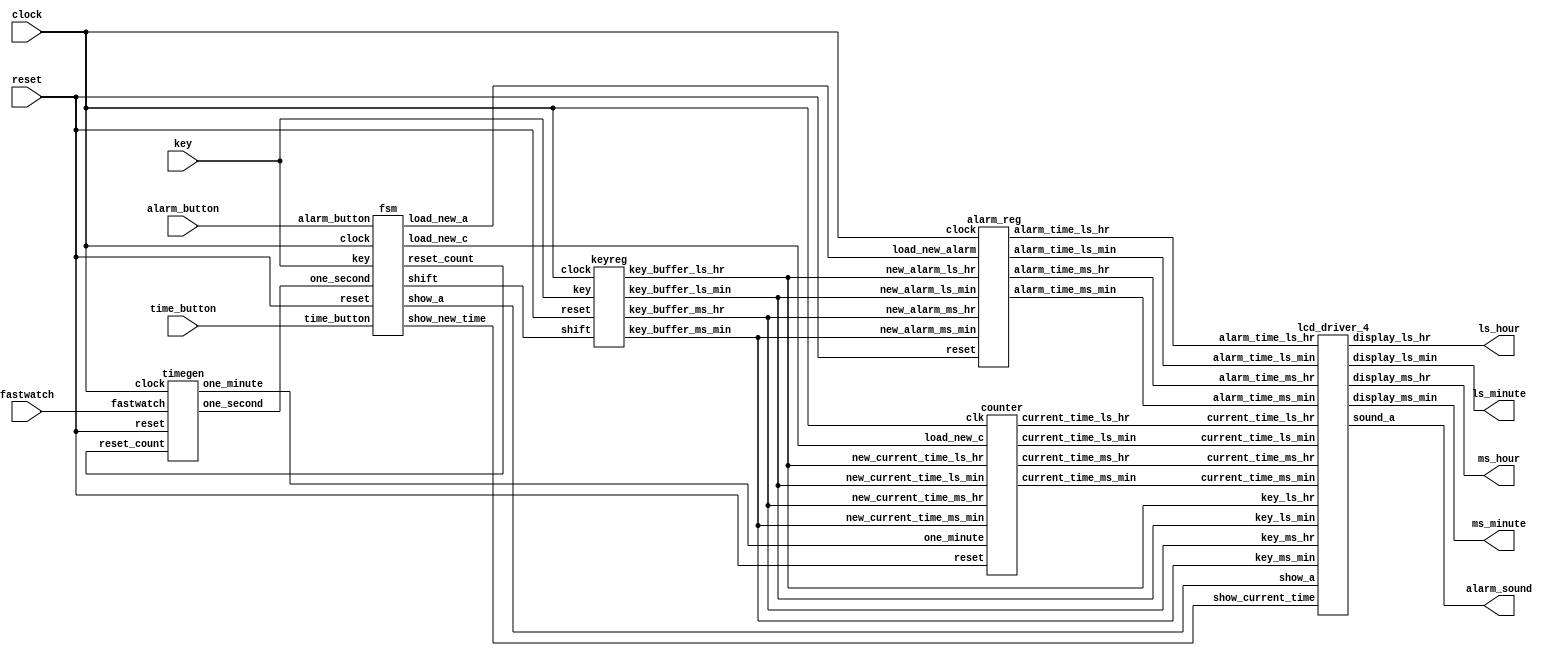
/* Generated by Yosys 0.9 (git sha1 1979e0b) */

module alarm_clock_top(clock, key, reset, time_button, alarm_button, fastwatch, ms_hour, ls_hour, ms_minute, ls_minute, alarm_sound);
  input alarm_button;
  output alarm_sound;
  wire [3:0] alarm_time_ls_hr;
  wire [3:0] alarm_time_ls_min;
  wire [3:0] alarm_time_ms_hr;
  wire [3:0] alarm_time_ms_min;
  input clock;
  wire [3:0] current_time_ls_hr;
  wire [3:0] current_time_ls_min;
  wire [3:0] current_time_ms_hr;
  wire [3:0] current_time_ms_min;
  input fastwatch;
  input [3:0] key;
  wire [3:0] key_buffer_ls_hr;
  wire [3:0] key_buffer_ls_min;
  wire [3:0] key_buffer_ms_hr;
  wire [3:0] key_buffer_ms_min;
  wire load_new_a;
  wire load_new_c;
  output [7:0] ls_hour;
  output [7:0] ls_minute;
  output [7:0] ms_hour;
  output [7:0] ms_minute;
  wire one_minute;
  wire one_second;
  input reset;
  wire reset_count;
  wire shift;
  wire show_a;
  wire show_current_time;
  input time_button;
  alarm_reg alreg1 (
    .alarm_time_ls_hr(alarm_time_ls_hr),
    .alarm_time_ls_min(alarm_time_ls_min),
    .alarm_time_ms_hr(alarm_time_ms_hr),
    .alarm_time_ms_min(alarm_time_ms_min),
    .clock(clock),
    .load_new_alarm(load_new_a),
    .new_alarm_ls_hr(key_buffer_ls_hr),
    .new_alarm_ls_min(key_buffer_ls_min),
    .new_alarm_ms_hr(key_buffer_ms_hr),
    .new_alarm_ms_min(key_buffer_ms_min),
    .reset(reset)
  );
  counter count1 (
    .clk(clock),
    .current_time_ls_hr(current_time_ls_hr),
    .current_time_ls_min(current_time_ls_min),
    .current_time_ms_hr(current_time_ms_hr),
    .current_time_ms_min(current_time_ms_min),
    .load_new_c(load_new_c),
    .new_current_time_ls_hr(key_buffer_ls_hr),
    .new_current_time_ls_min(key_buffer_ls_min),
    .new_current_time_ms_hr(key_buffer_ms_hr),
    .new_current_time_ms_min(key_buffer_ms_min),
    .one_minute(one_minute),
    .reset(reset)
  );
  fsm fsm1 (
    .alarm_button(alarm_button),
    .clock(clock),
    .key(key),
    .load_new_a(load_new_a),
    .load_new_c(load_new_c),
    .one_second(one_second),
    .reset(reset),
    .reset_count(reset_count),
    .shift(shift),
    .show_a(show_a),
    .show_new_time(show_current_time),
    .time_button(time_button)
  );
  keyreg keyreg1 (
    .clock(clock),
    .key(key),
    .key_buffer_ls_hr(key_buffer_ls_hr),
    .key_buffer_ls_min(key_buffer_ls_min),
    .key_buffer_ms_hr(key_buffer_ms_hr),
    .key_buffer_ms_min(key_buffer_ms_min),
    .reset(reset),
    .shift(shift)
  );
  lcd_driver_4 lcd_disp (
    .alarm_time_ls_hr(alarm_time_ls_hr),
    .alarm_time_ls_min(alarm_time_ls_min),
    .alarm_time_ms_hr(alarm_time_ms_hr),
    .alarm_time_ms_min(alarm_time_ms_min),
    .current_time_ls_hr(current_time_ls_hr),
    .current_time_ls_min(current_time_ls_min),
    .current_time_ms_hr(current_time_ms_hr),
    .current_time_ms_min(current_time_ms_min),
    .display_ls_hr(ls_hour),
    .display_ls_min(ls_minute),
    .display_ms_hr(ms_hour),
    .display_ms_min(ms_minute),
    .key_ls_hr(key_buffer_ls_hr),
    .key_ls_min(key_buffer_ls_min),
    .key_ms_hr(key_buffer_ms_hr),
    .key_ms_min(key_buffer_ms_min),
    .show_a(show_a),
    .show_current_time(show_current_time),
    .sound_a(alarm_sound)
  );
  timegen tgen1 (
    .clock(clock),
    .fastwatch(fastwatch),
    .one_minute(one_minute),
    .one_second(one_second),
    .reset(reset),
    .reset_count(reset_count)
  );
endmodule

module alarm_reg(new_alarm_ms_hr, new_alarm_ls_hr, new_alarm_ms_min, new_alarm_ls_min, load_new_alarm, clock, reset, alarm_time_ms_hr, alarm_time_ls_hr, alarm_time_ms_min, alarm_time_ls_min);
  reg [3:0] _0_;
  reg [3:0] _1_;
  reg [3:0] _2_;
  reg [3:0] _3_;
  output [3:0] alarm_time_ls_hr;
  reg [3:0] alarm_time_ls_hr;
  output [3:0] alarm_time_ls_min;
  reg [3:0] alarm_time_ls_min;
  output [3:0] alarm_time_ms_hr;
  reg [3:0] alarm_time_ms_hr;
  output [3:0] alarm_time_ms_min;
  reg [3:0] alarm_time_ms_min;
  input clock;
  input load_new_alarm;
  input [3:0] new_alarm_ls_hr;
  input [3:0] new_alarm_ls_min;
  input [3:0] new_alarm_ms_hr;
  input [3:0] new_alarm_ms_min;
  input reset;
  always @* begin
    _2_ = alarm_time_ms_hr;
    _0_ = alarm_time_ls_hr;
    _3_ = alarm_time_ms_min;
    _1_ = alarm_time_ls_min;
    casez (reset)
      1'h1:
        begin
          _2_ = 4'h0;
          _0_ = 4'h0;
          _3_ = 4'h0;
          _1_ = 4'h0;
        end
      default:
          casez (load_new_alarm)
            1'h1:
              begin
                _2_ = new_alarm_ms_hr;
                _0_ = new_alarm_ls_hr;
                _3_ = new_alarm_ms_min;
                _1_ = new_alarm_ls_min;
              end
            default:
                /* empty */;
          endcase
    endcase
  end
  always @(posedge clock) begin
      alarm_time_ms_hr <= _2_;
      alarm_time_ls_hr <= _0_;
      alarm_time_ms_min <= _3_;
      alarm_time_ls_min <= _1_;
  end
  always @(posedge reset) begin
      alarm_time_ms_hr <= _2_;
      alarm_time_ls_hr <= _0_;
      alarm_time_ms_min <= _3_;
      alarm_time_ls_min <= _1_;
  end
endmodule

module counter(clk, reset, one_minute, load_new_c, new_current_time_ms_hr, new_current_time_ms_min, new_current_time_ls_hr, new_current_time_ls_min, current_time_ms_hr, current_time_ms_min, current_time_ls_hr, current_time_ls_min);
  reg [3:0] _00_;
  reg [3:0] _01_;
  reg [3:0] _02_;
  reg [3:0] _03_;
  wire [3:0] _04_;
  wire [3:0] _05_;
  wire [3:0] _06_;
  wire [3:0] _07_;
  wire _08_;
  wire _09_;
  wire _10_;
  wire _11_;
  wire _12_;
  wire _13_;
  wire _14_;
  wire _15_;
  wire _16_;
  wire _17_;
  wire _18_;
  wire _19_;
  wire _20_;
  wire _21_;
  wire _22_;
  wire _23_;
  wire _24_;
  input clk;
  output [3:0] current_time_ls_hr;
  reg [3:0] current_time_ls_hr;
  output [3:0] current_time_ls_min;
  reg [3:0] current_time_ls_min;
  output [3:0] current_time_ms_hr;
  reg [3:0] current_time_ms_hr;
  output [3:0] current_time_ms_min;
  reg [3:0] current_time_ms_min;
  input load_new_c;
  input [3:0] new_current_time_ls_hr;
  input [3:0] new_current_time_ls_min;
  input [3:0] new_current_time_ms_hr;
  input [3:0] new_current_time_ms_min;
  input one_minute;
  input reset;
  assign _04_ = current_time_ms_hr + 1'h1;
  assign _05_ = current_time_ls_hr + 1'h1;
  assign _06_ = current_time_ms_min + 1'h1;
  assign _07_ = current_time_ls_min + 1'h1;
  assign _08_ = current_time_ms_min == 4'h5;
  assign _09_ = current_time_ls_min == 4'h9;
  assign _10_ = current_time_ls_min == 4'h9;
  assign _11_ = one_minute == 32'd1;
  assign _12_ = current_time_ms_hr == 4'h2;
  assign _13_ = current_time_ms_min == 4'h5;
  assign _14_ = current_time_ls_hr == 4'h3;
  assign _15_ = current_time_ls_min == 4'h9;
  assign _16_ = current_time_ls_hr == 4'h9;
  assign _17_ = current_time_ms_min == 4'h5;
  assign _18_ = current_time_ls_min == 4'h9;
  assign _19_ = _08_ && _09_;
  assign _20_ = _12_ && _13_;
  assign _21_ = _22_ && _15_;
  assign _22_ = _20_ && _14_;
  assign _23_ = _16_ && _17_;
  assign _24_ = _23_ && _18_;
  always @* begin
    _03_ = current_time_ms_min;
    _02_ = current_time_ms_hr;
    _00_ = current_time_ls_hr;
    _01_ = current_time_ls_min;
    casez (reset)
      1'h1:
        begin
          _02_ = 4'h0;
          _03_ = 4'h0;
          _00_ = 4'h0;
          _01_ = 4'h0;
        end
      default:
          casez (load_new_c)
            1'h1:
              begin
                _02_ = new_current_time_ms_hr;
                _03_ = new_current_time_ms_min;
                _00_ = new_current_time_ls_hr;
                _01_ = new_current_time_ls_min;
              end
            default:
                casez (_11_)
                  1'h1:
                      casez (_21_)
                        1'h1:
                          begin
                            _02_ = 4'h0;
                            _03_ = 4'h0;
                            _00_ = 4'h0;
                            _01_ = 4'h0;
                          end
                        default:
                            casez (_24_)
                              1'h1:
                                begin
                                  _02_ = _04_;
                                  _00_ = 4'h0;
                                  _03_ = 4'h0;
                                  _01_ = 4'h0;
                                end
                              default:
                                  casez (_19_)
                                    1'h1:
                                      begin
                                        _00_ = _05_;
                                        _03_ = 4'h0;
                                        _01_ = 4'h0;
                                      end
                                    default:
                                        casez (_10_)
                                          1'h1:
                                            begin
                                              _03_ = _06_;
                                              _01_ = 4'h0;
                                            end
                                          default:
                                              _01_ = _07_;
                                        endcase
                                  endcase
                            endcase
                      endcase
                  default:
                      /* empty */;
                endcase
          endcase
    endcase
  end
  always @(posedge clk) begin
      current_time_ms_min <= _03_;
      current_time_ms_hr <= _02_;
      current_time_ls_hr <= _00_;
      current_time_ls_min <= _01_;
  end
  always @(posedge reset) begin
      current_time_ms_min <= _03_;
      current_time_ms_hr <= _02_;
      current_time_ls_hr <= _00_;
      current_time_ls_min <= _01_;
  end
endmodule

module fsm(clock, reset, one_second, time_button, alarm_button, key, reset_count, load_new_a, show_a, show_new_time, load_new_c, shift);
  reg [3:0] _00_;
  reg [3:0] _01_;
  reg [2:0] _02_;
  reg [2:0] _03_;
  reg [2:0] _04_;
  reg [2:0] _05_;
  reg [2:0] _06_;
  reg [2:0] _07_;
  reg [2:0] _08_;
  reg [2:0] _09_;
  reg [2:0] _10_;
  reg [2:0] _11_;
  reg [2:0] _12_;
  reg [2:0] _13_;
  wire [3:0] _14_;
  wire [3:0] _15_;
  wire _16_;
  wire _17_;
  wire _18_;
  wire _19_;
  wire _20_;
  wire _21_;
  wire _22_;
  wire _23_;
  wire _24_;
  wire _25_;
  wire _26_;
  wire _27_;
  wire _28_;
  wire _29_;
  wire _30_;
  wire _31_;
  wire _32_;
  wire _33_;
  wire _34_;
  wire _35_;
  wire _36_;
  wire _37_;
  wire _38_;
  wire _39_;
  wire _40_;
  wire [31:0] _41_;
  wire [31:0] _42_;
  wire [31:0] _43_;
  wire [31:0] _44_;
  wire [31:0] _45_;
  wire [31:0] _46_;
  wire [31:0] _47_;
  input alarm_button;
  input clock;
  reg [3:0] count1;
  reg [3:0] count2;
  input [3:0] key;
  output load_new_a;
  output load_new_c;
  reg [2:0] next_state;
  input one_second;
  reg [2:0] pre_state;
  input reset;
  output reset_count;
  output shift;
  output show_a;
  output show_new_time;
  input time_button;
  wire time_out;
  assign _14_ = count2 + 1'h1;
  assign _15_ = count1 + 1'h1;
  assign _16_ = count2 == 32'd9;
  assign _17_ = count1 == 32'd9;
  assign _18_ = count2 == 32'd9;
  assign _19_ = key == 32'd10;
  assign _20_ = time_out == 32'd0;
  assign _21_ = time_out == 32'd0;
  assign _22_ = pre_state == 3'h1;
  assign _23_ = pre_state == 3'h2;
  assign _24_ = pre_state == 3'h6;
  assign _25_ = pre_state == 3'h3;
  assign _26_ = pre_state == 3'h4;
  assign _27_ = pre_state == 3'h5;
  assign _28_ = pre_state == 3'h5;
  assign _29_ = pre_state == 3'h2;
  assign _30_ = pre_state == 3'h1;
  assign _31_ = count1 == 32'd9;
  assign _32_ = pre_state == 3'h6;
  assign _33_ = ! alarm_button;
  assign _34_ = ! _30_;
  assign _35_ = ! _32_;
  assign _36_ = _17_ || _18_;
  assign _37_ = _22_ || _23_;
  assign _38_ = _37_ || _24_;
  assign _39_ = key != 32'd10;
  assign _40_ = key != 32'd10;
  assign _41_ = _36_ ? 32'd0 : 32'd1;
  assign _42_ = _38_ ? 32'd1 : 32'd0;
  assign _43_ = _25_ ? 32'd1 : 32'd0;
  assign _44_ = _26_ ? 32'd1 : 32'd0;
  assign _45_ = _27_ ? 32'd1 : 32'd0;
  assign _46_ = _28_ ? 32'd1 : 32'd0;
  assign _47_ = _29_ ? 32'd1 : 32'd0;
  always @* begin
    _03_ = pre_state;
    casez (reset)
      1'h1:
          _03_ = 3'h0;
      default:
          _03_ = next_state;
    endcase
  end
  always @(posedge clock) begin
      pre_state <= _03_;
  end
  always @(posedge reset) begin
      pre_state <= _03_;
  end
  always @* begin
    _02_ = _05_;
    casez (pre_state)
      3'h0:
        begin
          _05_ = _06_;
          casez (alarm_button)
            1'h1:
              begin
                _06_ = 3'h3;
              end
            default:
              begin
                _06_ = _07_;
                casez (_39_)
                  1'h1:
                    begin
                      _07_ = 3'h2;
                    end
                  default:
                    begin
                      _07_ = 3'h0;
                    end
                endcase
              end
          endcase
        end
      3'h2:
        begin
          _05_ = 3'h6;
        end
      3'h6:
        begin
          _05_ = _08_;
          casez (_19_)
            1'h1:
              begin
                _08_ = 3'h1;
              end
            default:
              begin
                _08_ = _09_;
                casez (_20_)
                  1'h1:
                    begin
                      _09_ = 3'h0;
                    end
                  default:
                    begin
                      _09_ = 3'h6;
                    end
                endcase
              end
          endcase
        end
      3'h1:
        begin
          _05_ = _10_;
          casez (alarm_button)
            1'h1:
              begin
                _10_ = 3'h4;
              end
            default:
              begin
                _10_ = _11_;
                casez (time_button)
                  1'h1:
                    begin
                      _11_ = 3'h5;
                    end
                  default:
                    begin
                      _11_ = _12_;
                      casez (_21_)
                        1'h1:
                          begin
                            _12_ = 3'h0;
                          end
                        default:
                          begin
                            _12_ = _13_;
                            casez (_40_)
                              1'h1:
                                begin
                                  _13_ = 3'h2;
                                end
                              default:
                                begin
                                  _13_ = 3'h1;
                                end
                            endcase
                          end
                      endcase
                    end
                endcase
              end
          endcase
        end
      3'h3:
        begin
          _05_ = _04_;
          casez (_33_)
            1'h1:
              begin
                _04_ = 3'h0;
              end
            default:
              begin
                _04_ = 3'h3;
              end
          endcase
        end
      3'h4:
        begin
          _05_ = 3'h0;
        end
      3'h5:
        begin
          _05_ = 3'h0;
        end
      default:
        begin
          _05_ = 3'h0;
        end
    endcase
  end
  always @* begin
      next_state <= _02_;
  end
  always @* begin
    _00_ = count1;
    casez (reset)
      1'h1:
          _00_ = 4'h0;
      default:
          casez (_34_)
            1'h1:
                _00_ = 4'h0;
            default:
                casez (_31_)
                  1'h1:
                      _00_ = 4'h0;
                  default:
                      casez (one_second)
                        1'h1:
                            _00_ = _15_;
                        default:
                            /* empty */;
                      endcase
                endcase
          endcase
    endcase
  end
  always @(posedge clock) begin
      count1 <= _00_;
  end
  always @(posedge reset) begin
      count1 <= _00_;
  end
  always @* begin
    _01_ = count2;
    casez (reset)
      1'h1:
          _01_ = 4'h0;
      default:
          casez (_35_)
            1'h1:
                _01_ = 4'h0;
            default:
                casez (_16_)
                  1'h1:
                      _01_ = 4'h0;
                  default:
                      casez (one_second)
                        1'h1:
                            _01_ = _14_;
                        default:
                            /* empty */;
                      endcase
                endcase
          endcase
    endcase
  end
  always @(posedge clock) begin
      count2 <= _01_;
  end
  always @(posedge reset) begin
      count2 <= _01_;
  end
  assign time_out = _41_[0];
  assign show_new_time = _42_[0];
  assign show_a = _43_[0];
  assign load_new_a = _44_[0];
  assign load_new_c = _45_[0];
  assign reset_count = _46_[0];
  assign shift = _47_[0];
endmodule

module keyreg(reset, clock, shift, key, key_buffer_ls_min, key_buffer_ms_min, key_buffer_ls_hr, key_buffer_ms_hr);
  reg [3:0] _0_;
  reg [3:0] _1_;
  reg [3:0] _2_;
  reg [3:0] _3_;
  wire _4_;
  input clock;
  input [3:0] key;
  output [3:0] key_buffer_ls_hr;
  reg [3:0] key_buffer_ls_hr;
  output [3:0] key_buffer_ls_min;
  reg [3:0] key_buffer_ls_min;
  output [3:0] key_buffer_ms_hr;
  reg [3:0] key_buffer_ms_hr;
  output [3:0] key_buffer_ms_min;
  reg [3:0] key_buffer_ms_min;
  input reset;
  input shift;
  assign _4_ = shift == 32'd1;
  always @* begin
    _1_ = key_buffer_ls_min;
    _3_ = key_buffer_ms_min;
    _0_ = key_buffer_ls_hr;
    _2_ = key_buffer_ms_hr;
    casez (reset)
      1'h1:
        begin
          _1_ = 4'h0;
          _3_ = 4'h0;
          _0_ = 4'h0;
          _2_ = 4'h0;
        end
      default:
          casez (_4_)
            1'h1:
              begin
                _2_ = key_buffer_ls_hr;
                _0_ = key_buffer_ms_min;
                _3_ = key_buffer_ls_min;
                _1_ = key;
              end
            default:
                /* empty */;
          endcase
    endcase
  end
  always @(posedge clock) begin
      key_buffer_ls_min <= _1_;
      key_buffer_ms_min <= _3_;
      key_buffer_ls_hr <= _0_;
      key_buffer_ms_hr <= _2_;
  end
  always @(posedge reset) begin
      key_buffer_ls_min <= _1_;
      key_buffer_ms_min <= _3_;
      key_buffer_ls_hr <= _0_;
      key_buffer_ms_hr <= _2_;
  end
endmodule

module lcd_driver(alarm_time, current_time, show_alarm, show_new_time, key, display_time, sound_alarm);
  reg [7:0] _0_;
  reg [3:0] _1_;
  reg _2_;
  reg [7:0] _3_;
  reg [3:0] _4_;
  reg _5_;
  reg [3:0] _6_;
  wire _7_;
  input [3:0] alarm_time;
  input [3:0] current_time;
  output [7:0] display_time;
  reg [7:0] display_time;
  reg [3:0] display_value;
  input [3:0] key;
  input show_alarm;
  input show_new_time;
  output sound_alarm;
  reg sound_alarm;
  assign _7_ = current_time == alarm_time;
  always @* begin
    _1_ = _4_;
    _2_ = _5_;
    casez (show_new_time)
      1'h1:
        begin
          _4_ = key;
        end
      default:
        begin
          _4_ = _6_;
          casez (show_alarm)
            1'h1:
              begin
                _6_ = alarm_time;
              end
            default:
              begin
                _6_ = current_time;
              end
          endcase
        end
    endcase
    casez (_7_)
      1'h1:
        begin
          _5_ = 1'h1;
        end
      default:
        begin
          _5_ = 1'h0;
        end
    endcase
  end
  always @* begin
      sound_alarm <= _2_;
      display_value <= _1_;
  end
  always @* begin
    _0_ = _3_;
    casez (display_value)
      4'h0:
        begin
          _3_ = 8'h30;
        end
      4'h1:
        begin
          _3_ = 8'h31;
        end
      4'h2:
        begin
          _3_ = 8'h32;
        end
      4'h3:
        begin
          _3_ = 8'h33;
        end
      4'h4:
        begin
          _3_ = 8'h34;
        end
      4'h5:
        begin
          _3_ = 8'h35;
        end
      4'h6:
        begin
          _3_ = 8'h36;
        end
      4'h7:
        begin
          _3_ = 8'h37;
        end
      4'h8:
        begin
          _3_ = 8'h38;
        end
      4'h9:
        begin
          _3_ = 8'h39;
        end
      default:
        begin
          _3_ = 8'h3a;
        end
    endcase
  end
  always @* begin
      display_time <= _0_;
  end
endmodule

module lcd_driver_4(alarm_time_ms_hr, alarm_time_ls_hr, alarm_time_ms_min, alarm_time_ls_min, current_time_ms_hr, current_time_ls_hr, current_time_ms_min, current_time_ls_min, key_ms_hr, key_ls_hr, key_ms_min, key_ls_min, show_a, show_current_time, display_ms_hr, display_ls_hr, display_ms_min, display_ls_min, sound_a);
  wire _0_;
  wire _1_;
  wire _2_;
  input [3:0] alarm_time_ls_hr;
  input [3:0] alarm_time_ls_min;
  input [3:0] alarm_time_ms_hr;
  input [3:0] alarm_time_ms_min;
  input [3:0] current_time_ls_hr;
  input [3:0] current_time_ls_min;
  input [3:0] current_time_ms_hr;
  input [3:0] current_time_ms_min;
  output [7:0] display_ls_hr;
  output [7:0] display_ls_min;
  output [7:0] display_ms_hr;
  output [7:0] display_ms_min;
  input [3:0] key_ls_hr;
  input [3:0] key_ls_min;
  input [3:0] key_ms_hr;
  input [3:0] key_ms_min;
  input show_a;
  input show_current_time;
  output sound_a;
  wire sound_alarm1;
  wire sound_alarm2;
  wire sound_alarm3;
  wire sound_alarm4;
  assign _0_ = sound_alarm1 & sound_alarm2;
  assign _1_ = _0_ & sound_alarm3;
  assign _2_ = _1_ & sound_alarm4;
  lcd_driver LS_HR (
    .alarm_time(alarm_time_ls_hr),
    .current_time(current_time_ls_hr),
    .display_time(display_ls_hr),
    .key(key_ls_hr),
    .show_alarm(show_a),
    .show_new_time(show_current_time),
    .sound_alarm(sound_alarm2)
  );
  lcd_driver LS_MIN (
    .alarm_time(alarm_time_ls_min),
    .current_time(current_time_ls_min),
    .display_time(display_ls_min),
    .key(key_ls_min),
    .show_alarm(show_a),
    .show_new_time(show_current_time),
    .sound_alarm(sound_alarm4)
  );
  lcd_driver MS_HR (
    .alarm_time(alarm_time_ms_hr),
    .current_time(current_time_ms_hr),
    .display_time(display_ms_hr),
    .key(key_ms_hr),
    .show_alarm(show_a),
    .show_new_time(show_current_time),
    .sound_alarm(sound_alarm1)
  );
  lcd_driver MS_MIN (
    .alarm_time(alarm_time_ms_min),
    .current_time(current_time_ms_min),
    .display_time(display_ms_min),
    .key(key_ms_min),
    .show_alarm(show_a),
    .show_new_time(show_current_time),
    .sound_alarm(sound_alarm3)
  );
  assign sound_a = _2_;
endmodule

module timegen(clock, reset, reset_count, fastwatch, one_second, one_minute);
  reg [13:0] _00_;
  reg _01_;
  reg _02_;
  reg _03_;
  reg _04_;
  wire [13:0] _05_;
  wire _06_;
  wire _07_;
  input clock;
  reg [13:0] count;
  input fastwatch;
  output one_minute;
  reg one_minute;
  reg one_minute_reg;
  output one_second;
  reg one_second;
  input reset;
  input reset_count;
  assign _05_ = count + 1'h1;
  assign _06_ = count == 14'h3bff;
  assign _07_ = count[7:0] == 8'hff;
  always @* begin
    _01_ = _04_;
    casez (fastwatch)
      1'h1:
        begin
          _04_ = one_second;
        end
      default:
        begin
          _04_ = one_minute_reg;
        end
    endcase
  end
  always @* begin
      one_minute <= _01_;
  end
  always @* begin
    _00_ = count;
    _02_ = one_minute_reg;
    casez (reset)
      1'h1:
        begin
          _00_ = 14'h0000;
          _02_ = 1'h0;
        end
      default:
          casez (reset_count)
            1'h1:
              begin
                _00_ = 14'h0000;
                _02_ = 1'h0;
              end
            default:
                casez (_06_)
                  1'h1:
                    begin
                      _00_ = 14'h0000;
                      _02_ = 1'h1;
                    end
                  default:
                    begin
                      _00_ = _05_;
                      _02_ = 1'h0;
                    end
                endcase
          endcase
    endcase
  end
  always @(posedge clock) begin
      count <= _00_;
      one_minute_reg <= _02_;
  end
  always @(posedge reset) begin
      count <= _00_;
      one_minute_reg <= _02_;
  end
  always @* begin
    _03_ = one_second;
    casez (reset)
      1'h1:
          _03_ = 1'h0;
      default:
          casez (reset_count)
            1'h1:
                _03_ = 1'h0;
            default:
                casez (_07_)
                  1'h1:
                      _03_ = 1'h1;
                  default:
                      _03_ = 1'h0;
                endcase
          endcase
    endcase
  end
  always @(posedge clock) begin
      one_second <= _03_;
  end
  always @(posedge reset) begin
      one_second <= _03_;
  end
endmodule